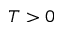
T > 0